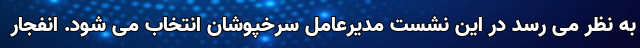
به نظر می رسد در این نشست مدیرعامل سرخپوشان انتخاب می شود. انفجار